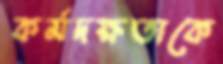
কর্মদক্ষতাকে